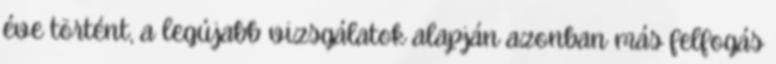
éve történt, a legújabb vizsgálatok alapján azonban más felfogás